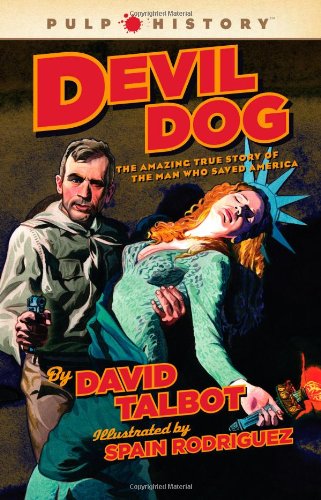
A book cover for Devil Dog: The Amazing True Story of the Man Who Saved America (Pulp History); David Talbot; Comics & Graphic Novels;